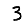
Digit: 3